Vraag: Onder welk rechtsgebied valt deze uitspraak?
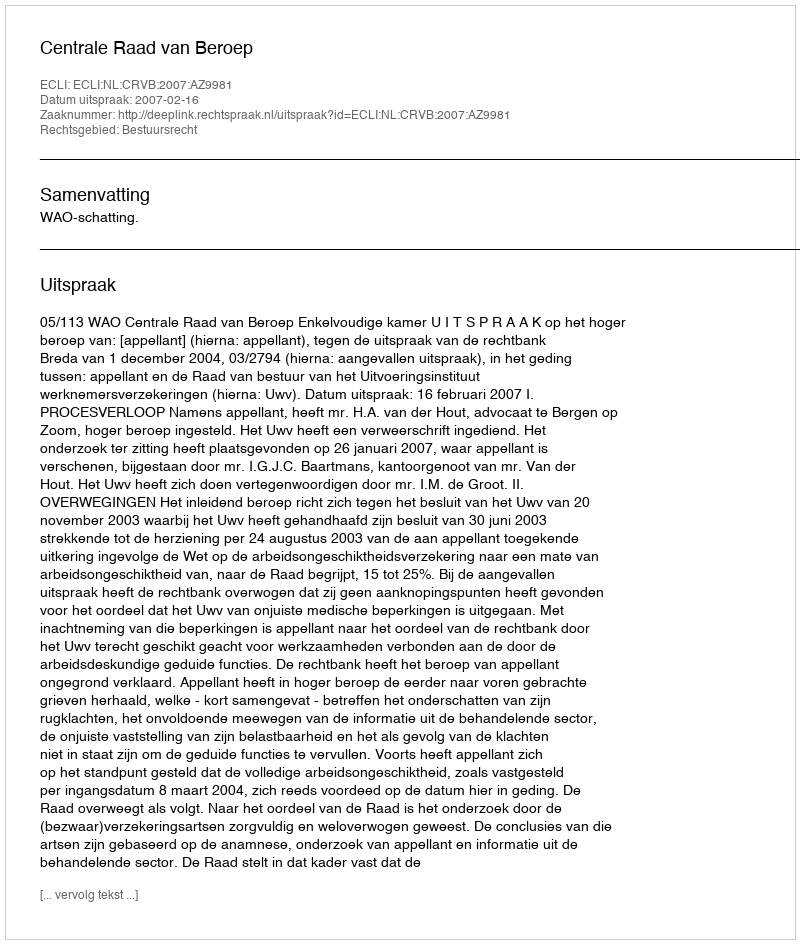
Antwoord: Bestuursrecht